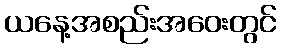
ယနေ့အစည်းအဝေးတွင်